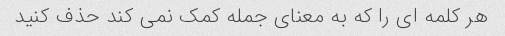
هر کلمه ای را که به معنای جمله کمک نمی کند حذف کنید